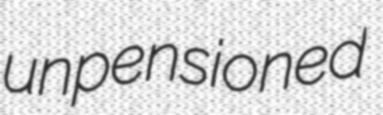
unpensioned